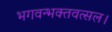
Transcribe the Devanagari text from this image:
भगवन्भक्तवत्सल।